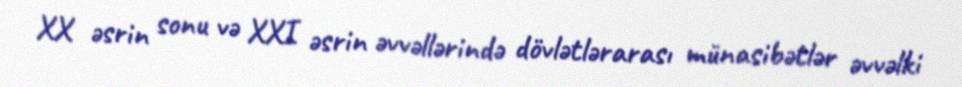
XX əsrin sonu və XXI əsrin əvvəllərində dövlətlərarası münasibətlər əvvəlki